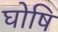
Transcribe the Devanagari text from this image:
घोषि